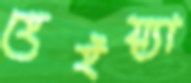
হেইয়্যা